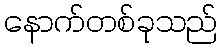
နောက်တစ်ခုသည်